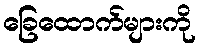
ခြေထောက်များကို